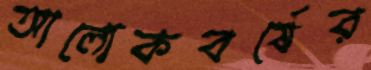
আলোকবর্ষের